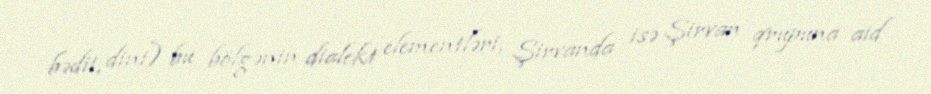
bədii, dini) bu bölgənin dialekt elementləri, Şirvanda isə Şirvan qrupuna aid